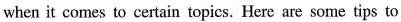
when it comes to certain topics. Here are some tips to